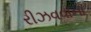
રીઝવવાના